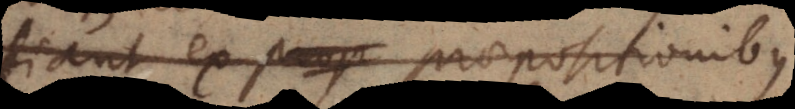
fiant ex praepositionibus